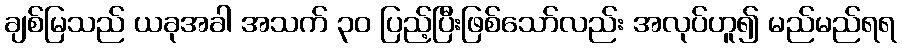
ချစ်မြသည် ယခုအခါ အသက် ၃၀ ပြည့်ပြီးဖြစ်သော်လည်း အလုပ်ဟူ၍ မည်မည်ရရ